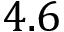
4 . 6